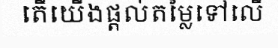
តើយើងផ្តល់តម្លៃទៅលើ